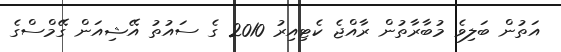
އަތުން ބަލިވެ މުބާރާތުން ރާއްޖެ ކެޓިއިރު 2010 ގެ ސައުތު އޭޝިއަން ގޭމްސްގެ